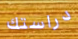
دراستك